Civil Veterinary Department. Madras. Admin. report 1926-33 - 1926-1933
Year: 1926
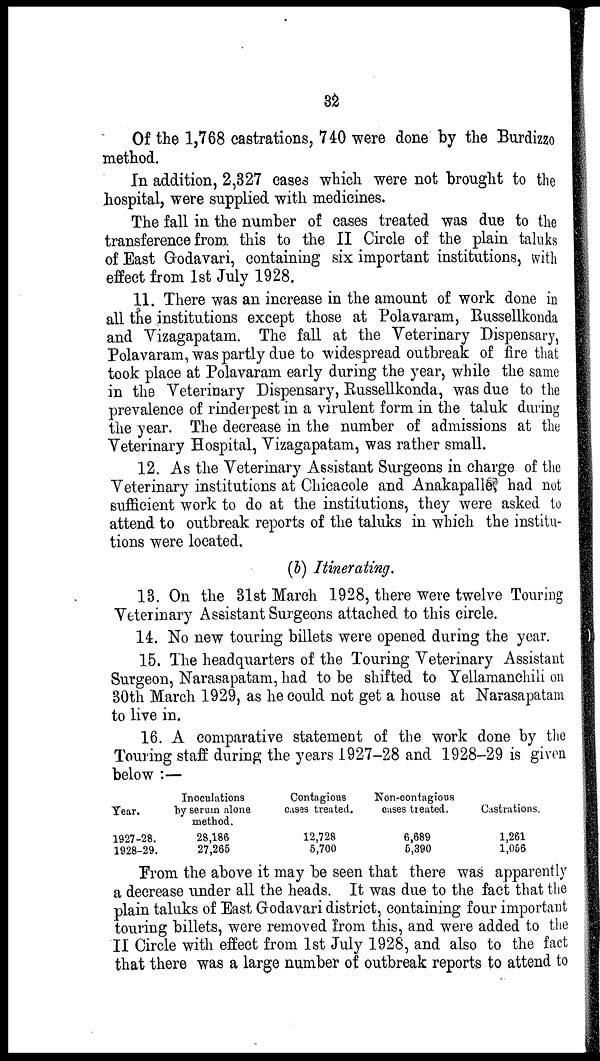
32
Of the 1,768 castrations, 740 were done by the Burdizzo
method.
In addition, 2,327 cases which were not brought to the
hospital, were supplied with medicines.
The fall in the number of cases treated was due to the
transference from this to the II Circle of the plain taluks
of East Godavari, containing six important institutions, with
effect from 1st July 1928.
11. There was an increase in the amount of work done in
all the institutions except those at Polavaram, Russellkonda
and Vizagapatam. The fall at the Veterinary Dispensary,
Polavaram, was partly due to widespread outbreak of fire that
took place at Polavaram early during the year, while the same
in the Veterinary Dispensary, Russellkonda, was due to the
prevalence of rinderpest in a virulent form in the taluk during
the year. The decrease in the number of admissions at the
Veterinary Hospital, Vizagapatam, was rather small.
12. As the Veterinary Assistant Surgeons in charge of the
Veterinary institutions at Chicacole and Anakapalle, had not
sufficient work to do at the institutions, they were asked to
attend to outbreak reports of the taluks in which the institu-
tions were located.
(b) Itinerating.
13. On the 31st March 1928, there were twelve Touring
Veterinary Assistant Surgeons attached to this circle.
14. No new touring billets were opened during the year.
15. The headquarters of the Touring Veterinary Assistant
Surgeon, Narasapatam, had to be shifted to Yellamanchili on
30th March 1929, as he could not get a house at Narasapatam
to live in.
16. A comparative statement of the work done by the
Touring staff during the years 1927-28 and 1928-29 is given
below :—
Year.
1927-28.
1928-29.
Inoculations
by serum alone
method.
28,186
27,265
Contagious
cases treated.
12,728
5,700
Non-contagious
cases treated.
6,689
5,390
Castrations.
1,261
1,056
From the above it may be seen that there was apparently
a decrease under all the heads. It was due to the fact that the
plain taluks of East Godavari district, containing four important
touring billets, were removed from this, and were added to the
II Circle with effect from 1st July 1928, and also to the fact
that there was a large number of outbreak reports to attend to